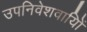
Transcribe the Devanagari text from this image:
उपनिवेशवायिों